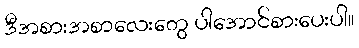
ဒီအစားအစာလေးတွေ ပါအောင်စားပေးပါ။